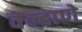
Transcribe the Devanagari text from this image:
वेल्हाणे